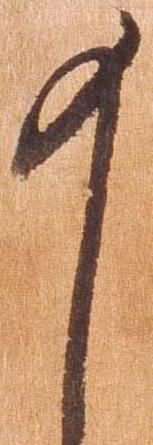
十